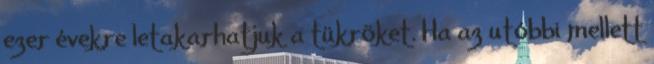
ezer évekre letakarhatjuk a tükröket. Ha az utóbbi mellett